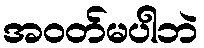
အဝတ်မပါဘဲ